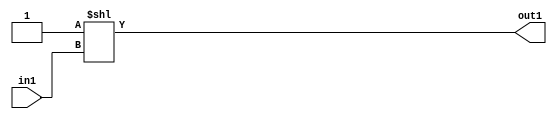
`timescale 1ps / 1ps
/*****************************************************************************
    Verilog RTL Description
    
    
    Created by: Stratus DpOpt 2019.1.01 
*******************************************************************************/

module DC_Filter_DECODE_256U_301_4 (
	in1,
	out1
	); /* architecture "behavioural" */ 
input [7:0] in1;
output [255:0] out1;
wire [255:0] asc001;

assign asc001 = 256'B0000000000000000000000000000000000000000000000000000000000000000000000000000000000000000000000000000000000000000000000000000000000000000000000000000000000000000000000000000000000000000000000000000000000000000000000000000000000000000000000000000000000000001
    << in1;

assign out1 = asc001;
endmodule

/* CADENCE  v7n4SQ8= : u9/ySgnWtBlWxVPRXgAZ4Og= ** DO NOT EDIT THIS LINE ******/